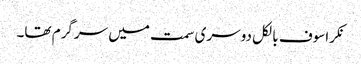
نکراسوف بالکل دوسری سمت میں سرگرم تھا۔